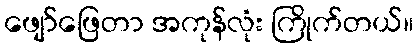
ဖျော်ဖြေတာ အကုန်လုံး ကြိုက်တယ်။